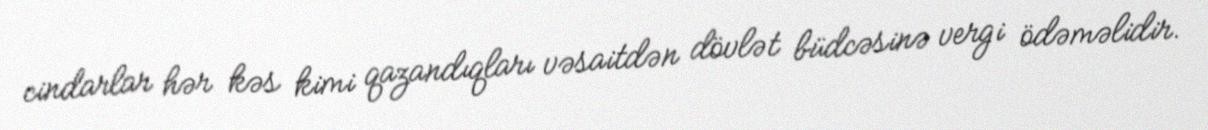
cindarlar hər kəs kimi qazandıqları vəsaitdən dövlət büdcəsinə vergi ödəməlidir.